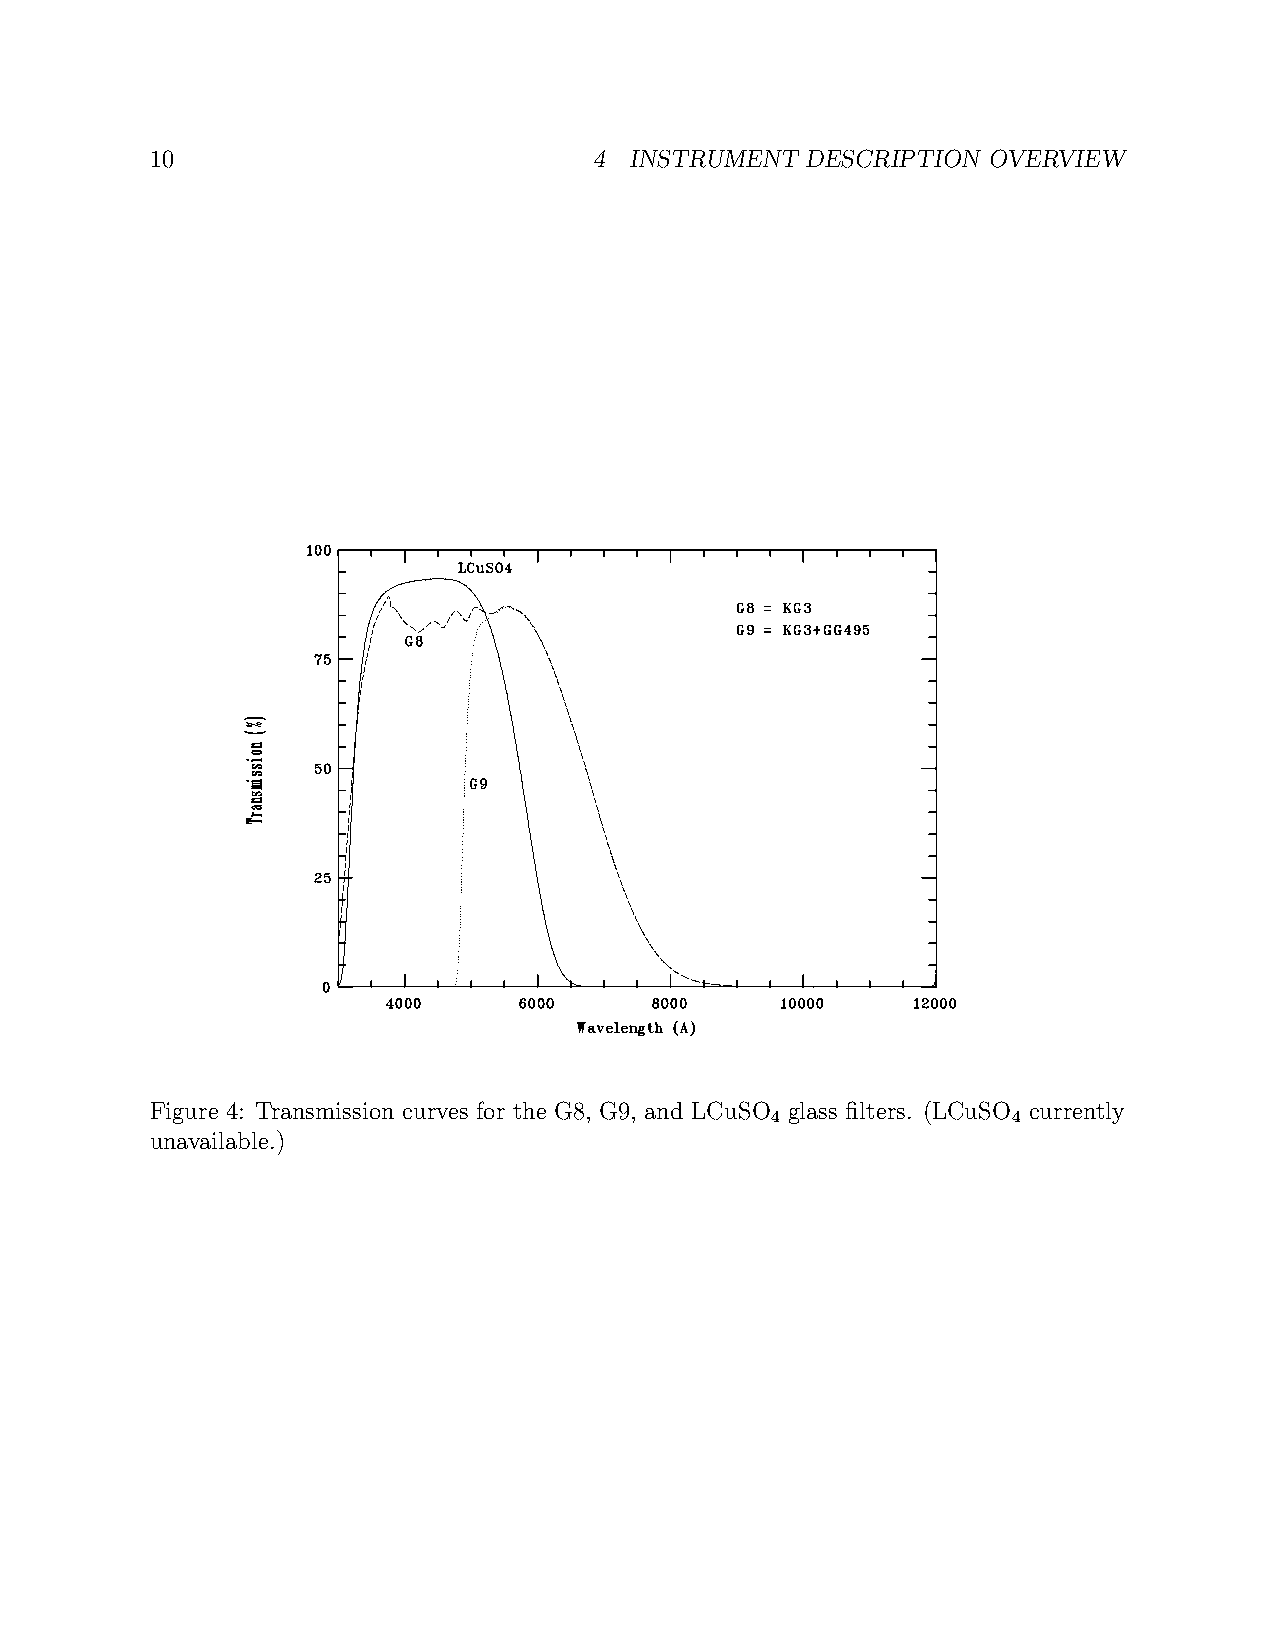
10                           4  INSTRUMENT DESCRIPTION OVERVIEW
 Figure 4: Transmission curves for the G8, G9, and LCuSO glass filters. (LCuSO currently
 4               4
 unavailable.)